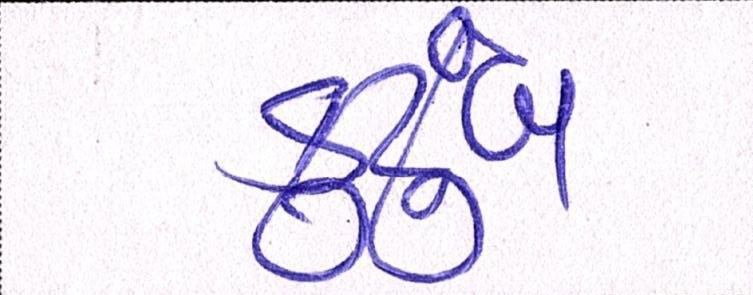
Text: કુટુંબ